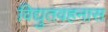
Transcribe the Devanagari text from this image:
विद्युतवहनास